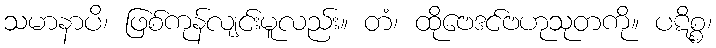
သမာနာပိ၊ ဖြစ်ကုန်လျင်းမူလည်း။ တံ၊ ထိုဗေဒင်ဗဟုသုတကို။ ပဋိစ္စ၊